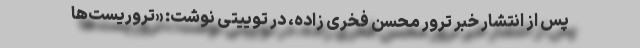
پس از انتشار خبر ترور محسن فخری زاده، در توییتی نوشت: «تروریست‌ها